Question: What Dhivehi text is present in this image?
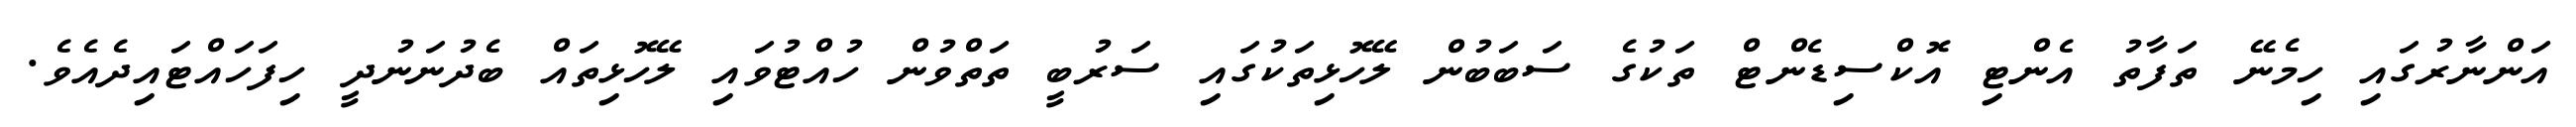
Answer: އަންނާރުގައި ހިމެނޭ ތަފާތު އެންޓި އޮކްސިޑެންޓް ތަކުގެ ސަބަބުން ލޭހޮޅިތަކުގައި ސަރުބީ ތަތްވުން ހުއްޓުވައި ލޭހޮޅިތައް ބެދުނަނުދީ ހިފަހައްޓައިދެއެވެ.